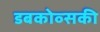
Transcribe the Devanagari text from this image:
डबकोव्सकी